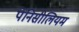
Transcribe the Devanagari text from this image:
पेनिसीलियम